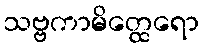
သဗ္ဗကာမိတ္ထေရော